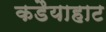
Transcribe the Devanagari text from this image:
कडैयाहाट